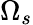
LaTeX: \Omega_{s}